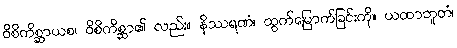
ဝိစိကိစ္ဆာယစ၊ ဝိစိကိစ္ဆာ၏ လည်း။ နိဿရဏံ၊ ထွက်မြောက်ခြင်းကို။ ယထာဘူတံ၊